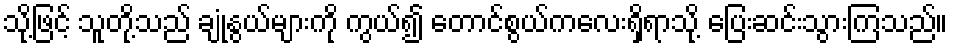
သို့ဖြင့် သူတို့သည် ချုံနွယ်များကို ကွယ်၍ တောင်စွယ်ကလေးရှိရာသို့ ပြေးဆင်းသွားကြသည်။